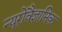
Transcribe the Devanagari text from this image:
न्यूरोवैज्ञानिक